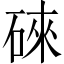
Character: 䂾